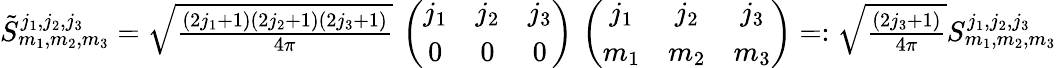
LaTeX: \begin{array}{r}{\tilde{S}_{m_{1},m_{2},m_{3}}^{j_{1},j_{2},j_{3}}=\sqrt{\frac{(2j_{1}+1)(2j_{2}+1)(2j_{3}+1)}{4\pi}}\, \left(\begin{array}{ccc}{j_{1}}&{j_{2}}&{j_{3}}\\ {0}&{0}&{0}\end{array}\right)\, \left(\begin{array}{ccc}{j_{1}}&{j_{2}}&{j_{3}}\\ {m_{1}}&{m_{2}}&{m_{3}}\end{array}\right)=:\sqrt{\frac{(2j_{3}+1)}{4\pi}}S_{m_{1},m_{2},m_{3}}^{j_{1},j_{2},j_{3}}}\end{array}